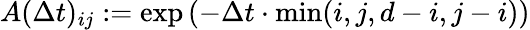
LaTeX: A(\Delta t)_{ij}:=\exp\left(-\Delta t\cdot\mathrm{min}(i,j,d-i,j-i)\right)